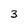
Character: 3